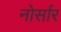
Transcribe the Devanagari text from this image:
नोर्सार